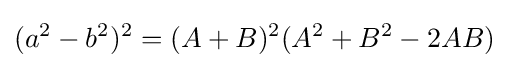
(a^{2}-b^{2})^{2}=(A+B)^{2}(A^{2}+B^{2}-2AB)